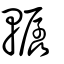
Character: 轏